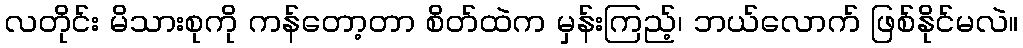
လတိုင်း မိသားစုကို ကန်တော့တာ စိတ်ထဲက မှန်းကြည့်၊ ဘယ်လောက် ဖြစ်နိုင်မလဲ။